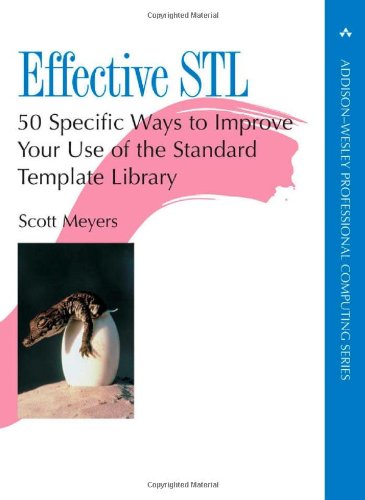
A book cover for Effective STL: 50 Specific Ways to Improve Your Use of the Standard Template Library; Scott Meyers; Computers & Technology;